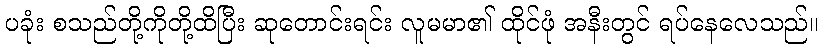
ပခုံး စသည်တို့ကိုတို့ထိပြီး ဆုတောင်းရင်း လူမမာ၏ ထိုင်ဖုံ အနီးတွင် ရပ်နေလေသည်။